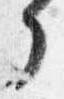
了